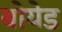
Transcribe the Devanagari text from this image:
बोयेड